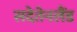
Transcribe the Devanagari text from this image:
सदेतेनलैंड